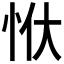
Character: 𭜠